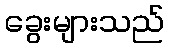
ခွေးများသည်